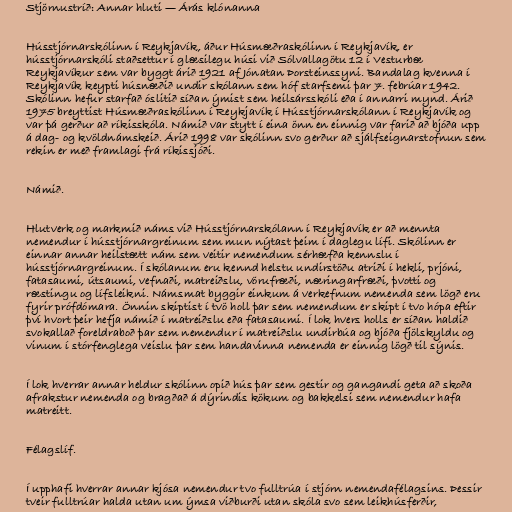
Stjörnustríð: Annar hluti — Árás klónanna

Hússtjórnarskólinn í Reykjavík, áður Húsmæðraskólinn í Reykjavík, er
hússtjórnarskóli staðsettur í glæsilegu húsi við Sólvallagötu 12 í Vesturbæ
Reykjavíkur sem var byggt árið 1921 af Jónatan Þorsteinssyni. Bandalag kvenna í
Reykjavík keypti húsnæðið undir skólann sem hóf starfsemi þar 7. febrúar 1942.
Skólinn hefur starfað óslitið síðan ýmist sem heilsársskóli eða í annarri mynd. Árið
1975 breyttist Húsmæðraskólinn í Reykjavík í Hússtjórnarskólann í Reykjavík og
var þá gerður að ríkisskóla. Námið var stytt í eina önn en einnig var farið að bjóða upp
á dag- og kvöldnámskeið. Árið 1998 var skólinn svo gerður að sjálfseignarstofnun sem
rekin er með framlagi frá ríkissjóði.

Námið.

Hlutverk og markmið náms við Hússtjórnarskólann í Reykjavík er að mennta
nemendur í hússtjórnargreinum sem mun nýtast þeim í daglegu lífi. Skólinn er
einnar annar heilstætt nám sem veitir nemendum sérhæfða kennslu í
hússtjórnargreinum. Í skólanum eru kennd helstu undirstöðu atriði í hekli, prjóni,
fatasaumi, útsaumi, vefnaði, matreiðslu, vörufræði, næringarfræði, þvotti og
ræstingu og lífsleikni. Námsmat byggir einkum á verkefnum nemenda sem lögð eru
fyrir prófdómara. Önnin skiptist í tvö holl þar sem nemendum er skipt í tvo hópa eftir
því hvort þeir hefja námið í matreiðslu eða fatasaumi. Í lok hvers holls er síðan haldið
svokallað foreldraboð þar sem nemendur í matreiðslu undirbúa og bjóða fjölskyldu og
vinum í stórfenglega veislu þar sem handavinna nemenda er einnig lögð til sýnis.

Í lok hverrar annar heldur skólinn opið hús þar sem gestir og gangandi geta að skoða
afrakstur nemenda og bragðað á dýrindis kökum og bakkelsi sem nemendur hafa
matreitt.

Félagslíf.

Í upphafi hverrar annar kjósa nemendur tvo fulltrúa í stjórn nemendafélagsins. Þessir
tveir fulltrúar halda utan um ýmsa viðburði utan skóla svo sem leikhúsferðir,